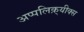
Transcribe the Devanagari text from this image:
अप्पलिक़्यीक्स